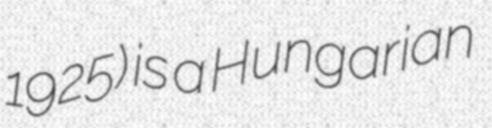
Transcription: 1925) is a Hungarian